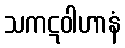
သကဋဝါဟာနံ